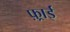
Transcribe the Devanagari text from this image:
फ़्राई